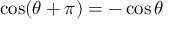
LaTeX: \cos ( \theta + \pi ) = - \cos \theta